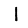
Digit: 1